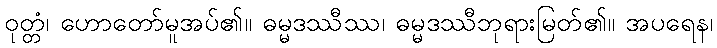
ဝုတ္တံ၊ ဟောတော်မူအပ်၏။ ဓမ္မဒဿီဿ၊ ဓမ္မဒဿီဘုရားမြတ်၏။ အပရေန၊